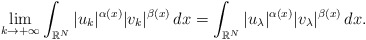
\begin{align*} \lim_{k \to +\infty }\int_{\mathbb{R}^{N}}|u_k|^{\alpha(x)}|v_k|^{\beta(x)} \,dx = \int_{\mathbb{R}^{N}} |u_{\lambda}|^{\alpha(x)}|v_{\lambda}|^{\beta(x)}\,dx. \end{align*}